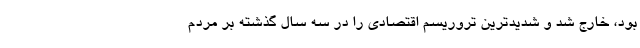
بود، خارج شد و شدیدترین تروریسم اقتصادی را در سه سال گذشته بر مردم